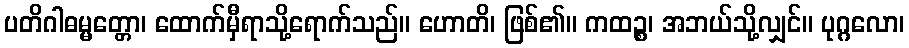
ပတိဂါဓမ္မတ္တော၊ ထောက်မှီရာသို့ရောက်သည်။ ဟောတိ၊ ဖြစ်၏။ ကထဉ္စ၊ အဘယ်သို့လျှင်။ ပုဂ္ဂလော၊